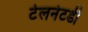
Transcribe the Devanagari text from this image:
टेलनेटडी